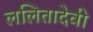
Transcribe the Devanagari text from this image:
ललितादेवी